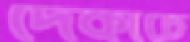
দেকাচে